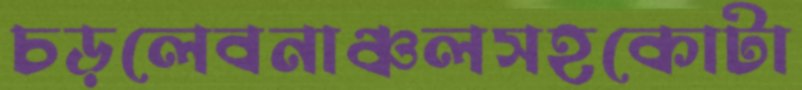
চড়লেবনাঞ্চলসহকোটা